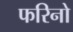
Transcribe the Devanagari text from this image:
फरिनो